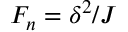
F _ { n } = \delta ^ { 2 } / J